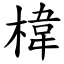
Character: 椲